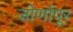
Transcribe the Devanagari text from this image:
जीर्णापूर